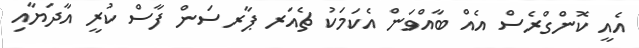
އެއީ ކޮންގްރެސް އެއް ބާއްވަން އެކަމަކު ޗެއަރ ޕާރސަން ފާސް ކުރީ އާދަޔާއި